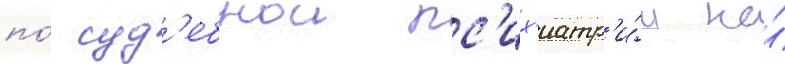
по́ суд'ебнои пс'их'иатр'и́и на́